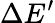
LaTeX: \Delta E^{\prime}